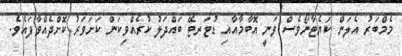
މެމްބަރު އެލަން ކަޔެޓާނޯވެސް ވަނީ އޮބާމާއާއި ޑުޓަރޓޭ ބައްދަލު ކުރެއްވިކަން ކަށަވަރު ކޮށްދެއްވާފައެވެ.